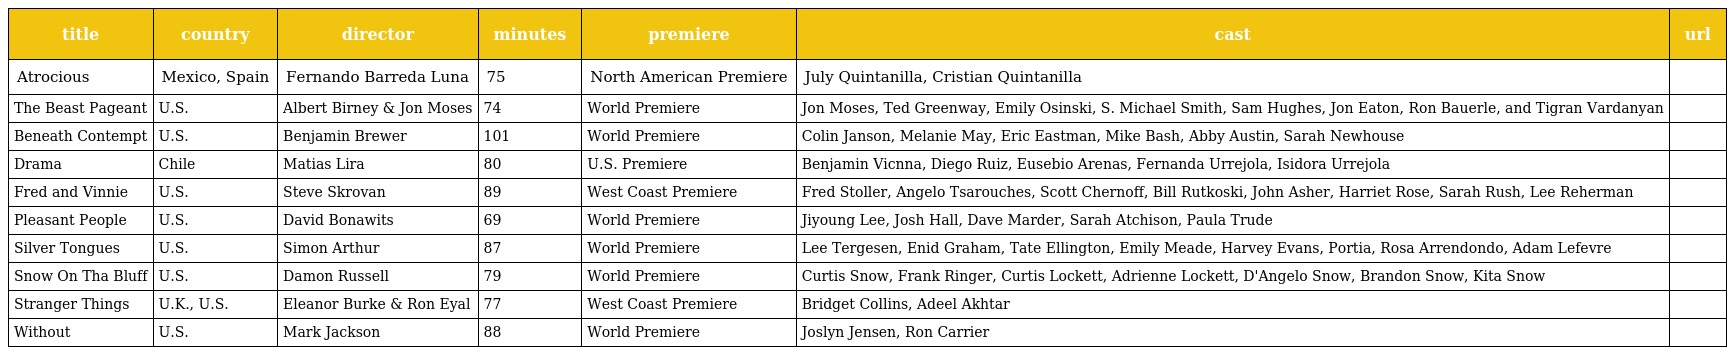
| title | country | director | minutes | premiere | cast | url |
 | --- | --- | --- | --- | --- | --- | --- |
 | Atrocious | Mexico, Spain | Fernando Barreda Luna | 75 | North American Premiere | July Quintanilla, Cristian Quintanilla |  |
 | The Beast Pageant | U.S. | Albert Birney & Jon Moses | 74 | World Premiere | Jon Moses, Ted Greenway, Emily Osinski, S. Michael Smith, Sam Hughes, Jon Eaton, Ron Bauerle, and Tigran Vardanyan |  |
 | Beneath Contempt | U.S. | Benjamin Brewer | 101 | World Premiere | Colin Janson, Melanie May, Eric Eastman, Mike Bash, Abby Austin, Sarah Newhouse |  |
 | Drama | Chile | Matias Lira | 80 | U.S. Premiere | Benjamin Vicnna, Diego Ruiz, Eusebio Arenas, Fernanda Urrejola, Isidora Urrejola |  |
 | Fred and Vinnie | U.S. | Steve Skrovan | 89 | West Coast Premiere | Fred Stoller, Angelo Tsarouches, Scott Chernoff, Bill Rutkoski, John Asher, Harriet Rose, Sarah Rush, Lee Reherman |  |
 | Pleasant People | U.S. | David Bonawits | 69 | World Premiere | Jiyoung Lee, Josh Hall, Dave Marder, Sarah Atchison, Paula Trude |  |
 | Silver Tongues | U.S. | Simon Arthur | 87 | World Premiere | Lee Tergesen, Enid Graham, Tate Ellington, Emily Meade, Harvey Evans, Portia, Rosa Arrendondo, Adam Lefevre |  |
 | Snow On Tha Bluff | U.S. | Damon Russell | 79 | World Premiere | Curtis Snow, Frank Ringer, Curtis Lockett, Adrienne Lockett, D'Angelo Snow, Brandon Snow, Kita Snow |  |
 | Stranger Things | U.K., U.S. | Eleanor Burke & Ron Eyal | 77 | West Coast Premiere | Bridget Collins, Adeel Akhtar |  |
 | Without | U.S. | Mark Jackson | 88 | World Premiere | Joslyn Jensen, Ron Carrier |  |